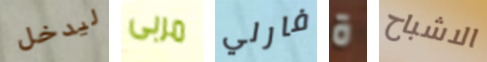
ليدخل مربى فارلي ة الاشباح